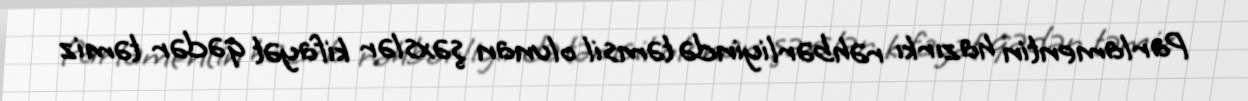
Parlamentin hazırkı rəhbərliyində təmsil olunan şəxslər kifayət qədər təmiz